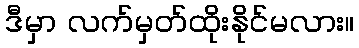
ဒီမှာ လက်မှတ်ထိုးနိုင်မလား။